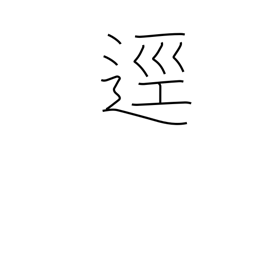
Meaning: path